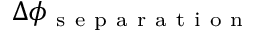
\Delta \phi _ { \mathrm { ~ s ~ e ~ p ~ a ~ r ~ a ~ t ~ i ~ o ~ n ~ } }